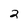
Character: 2